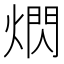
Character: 熌